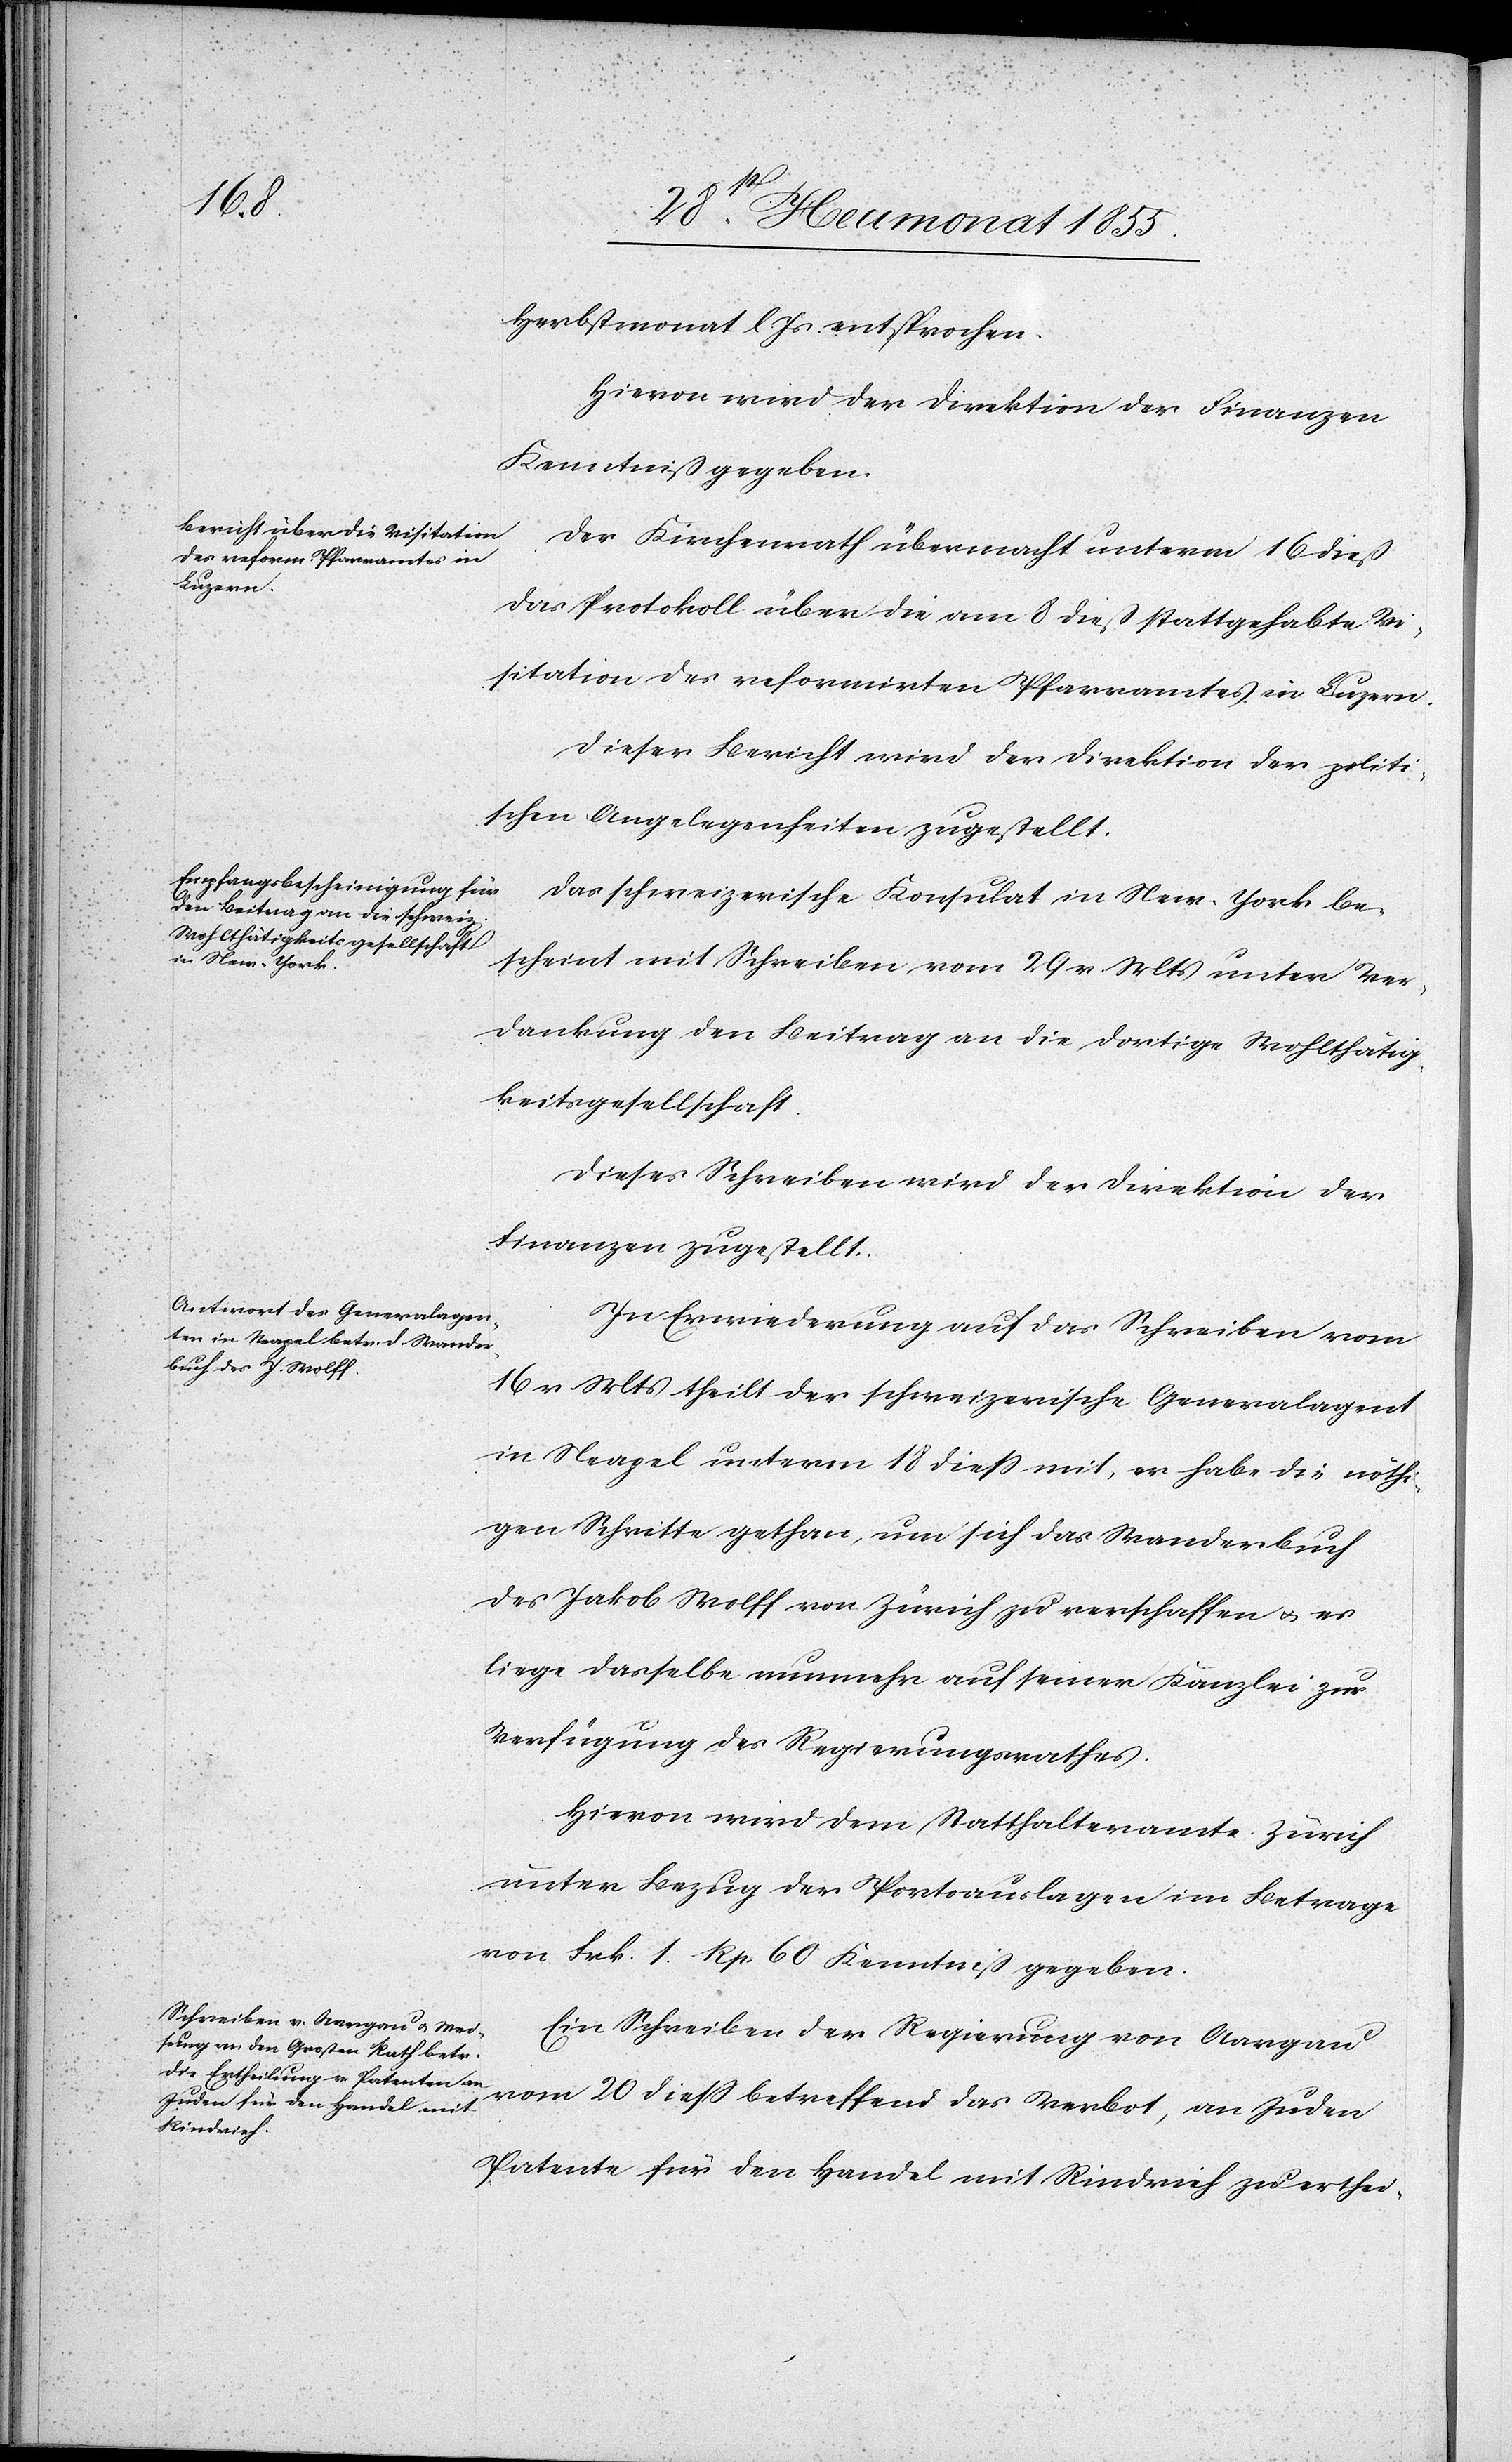
Herbstmonat l. Js. entsprochen.
Hievon wird der Direktion der Finanzen
Kenntniß gegeben.
Der Kirchenrath übermacht unterm 16 dieß
das Protokoll über die am 8 dieß stattgehabte Vi¬
sitation des reformirten Pfarramtes in Luzern.
Dieser Bericht wird der Direktion der politi¬
schen Angelegenheiten zugestellt.
Das schweizerische Konsulat in New-York be¬
scheint mit Schreiben vom 29 v. Mts unter Ver¬
dankung den Beitrag an die dortige Wohlthätig¬
keitsgesellschaft.
Dieses Schreiben wird der Direktion der
Finanzen zugestellt.
In Erwiederung auf das Schreiben vom
16 v. Mts theilt der schweizerische Generalagent
in Neapel unterm 18 dieß mit, er habe die nöthi¬
gen Schritte gethan, um sich das Wanderbuch
des Jakob Wolff von Zürich zu verschaffen & es
liege dasselbe nunmehr auf seiner Kanzlei zur
Verfügung des Regierungsrathes.
Hievon wird dem Statthalteramte Zürich
unter Bezug der Portoauslagen im Betrage
von Frk. 1. Rp. 60 Kenntniß gegeben.
Ein Schreiben der Regierung von Aargau
vom 20 diess betreffend das Verbot, an Juden
Patente für den Handel mit Rindvieh zu erthei-